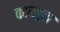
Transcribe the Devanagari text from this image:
काबबुल